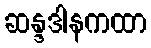
ဆန္ဒဒါနကထာ